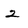
Character: 2